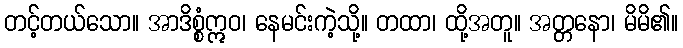
တင့်တယ်သော။ အာဒိစ္စံဣဝ၊ နေမင်းကဲ့သို့။ တထာ၊ ထို့အတူ။ အတ္တနော၊ မိမိ၏။